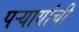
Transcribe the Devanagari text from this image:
पऱ्यायांची